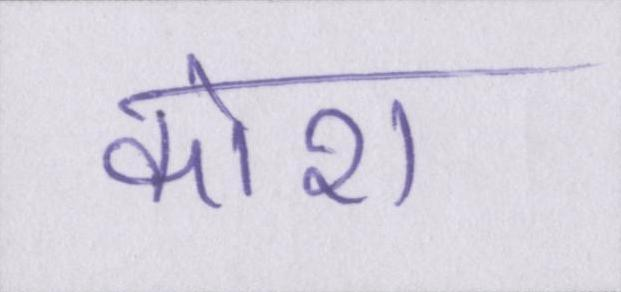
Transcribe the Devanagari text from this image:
कोरा